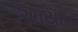
અાયાત